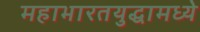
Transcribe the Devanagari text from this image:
महाभारतयुद्धामध्ये